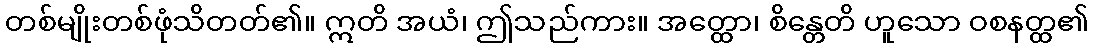
တစ်မျိုးတစ်ဖုံသိတတ်၏။ ဣတိ အယံ၊ ဤသည်ကား။ အတ္ထော၊ စိန္တေတိ ဟူသော ဝစနတ္ထ၏